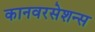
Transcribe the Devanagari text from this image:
कानवरसेशन्स